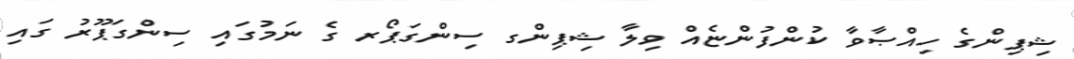
ޝިޕިންގެ ހިއްޞާވާ ކުންފުންޏެއް ވިލާ ޝިޕިންގ ސިންގަޕޯރ ގެ ނަމުގައި ސިންގަޕޫރު ގައި